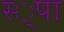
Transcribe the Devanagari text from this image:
स्‍्पा